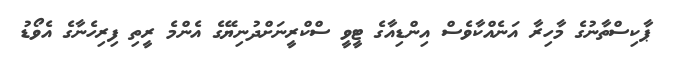
ޕާކިސްތާނުގެ މާހިރާ އަނެއްކާވެސް އިންޑިއާގެ ޓީވީ ސްކްރީނަށްދުނިޔޭގެ އެންމެ ރީތި ފިރިހެނާގެ އެވޯޑު